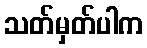
သတ်မှတ်ပါက